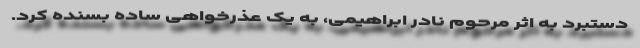
دستبرد به اثر مرحوم نادر ابراهیمی، به یک عذرخواهی ساده بسنده کرد.